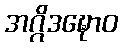
အဂ္ဂိဒဍ္ဎောဝ